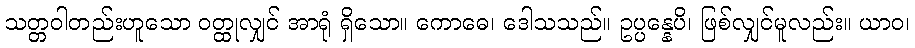
သတ္တဝါတည်းဟူသော ဝတ္ထုလျှင် အာရုံ ရှိသော။ ကောဓေ၊ ဒေါသသည်။ ဥပ္ပန္နေပိ၊ ဖြစ်လျှင်မူလည်း။ ယာဝ၊